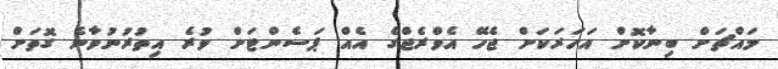
މައްޗަށް ބިނާކޮށް އަހަރަކަށް ޖެހޭ އެވްރެޖްގެ އެއް ޕަސެންޓަށް ވުރެ އިތުރުނުވާނެ ގޮތަށް